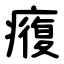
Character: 癁